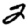
Digit: 2